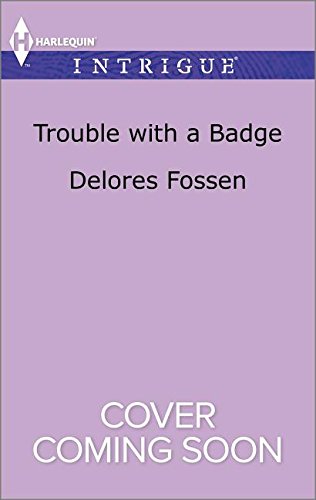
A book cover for Trouble with a Badge (Appaloosa Pass Ranch); Delores Fossen; Romance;